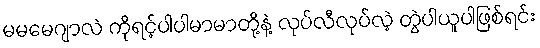
မမမေဂျာလဲ ကိုရင့်ပါပါမာမာတို့နဲ့ လုပ်လီလုပ်လဲ့ တွဲပါယူပါဖြစ်ရင်း